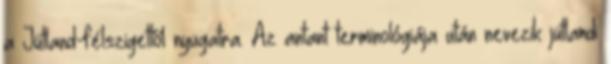
a Jütland-félszigettől nyugatra. Az antant terminológiája után nevezik jütlandi